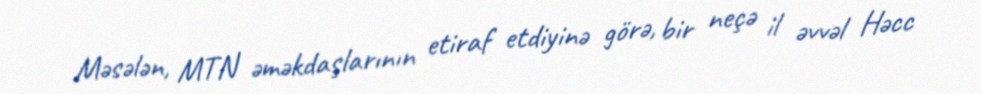
Məsələn, MTN əməkdaşlarının etiraf etdiyinə görə, bir neçə il əvvəl Həcc